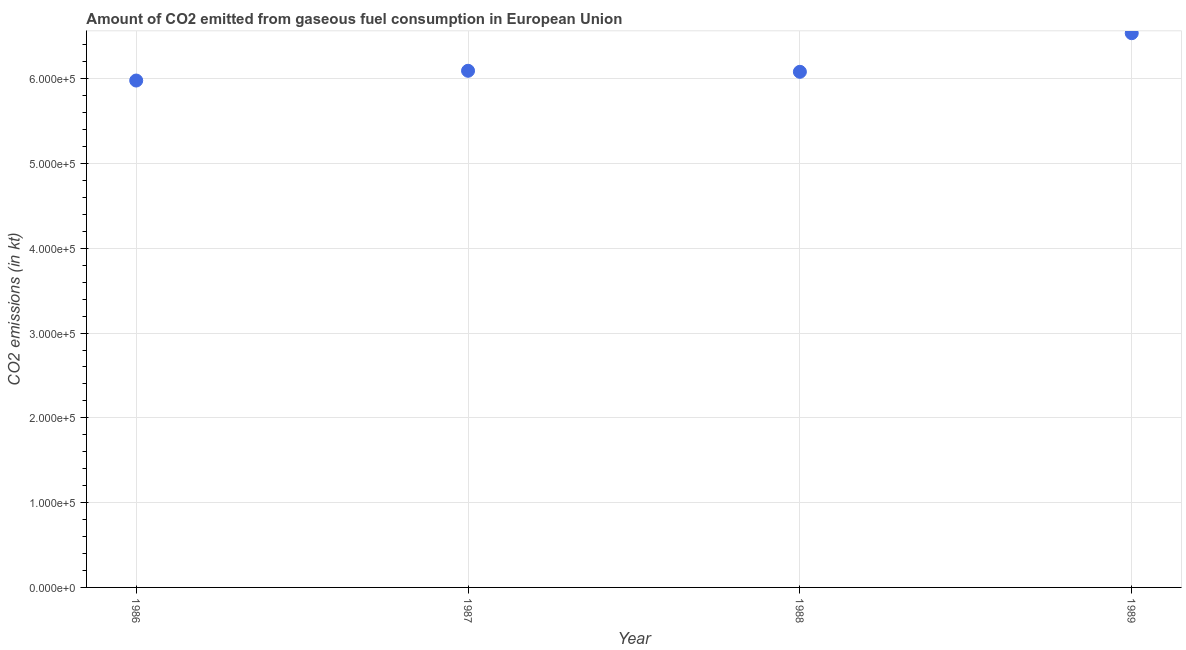
| Year | CO2 emissions from gaseous fuel consumption |
 | --- | --- |
 | 1986 | 5.98e+05 |
 | 1987 | 6.09e+05 |
 | 1988 | 6.08e+05 |
 | 1989 | 6.54e+05 |